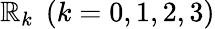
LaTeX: {\mathbb{R}_{k}}\; \left({k=0,1,2,3}\right)